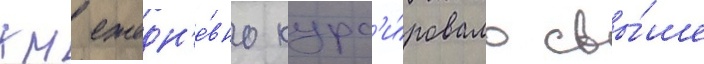
км ежедн'е́вно курс'и́ровало свы́ше